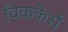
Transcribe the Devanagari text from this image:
विककेर्स